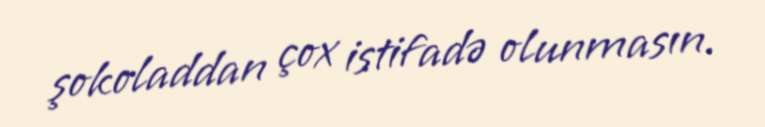
şokoladdan çox istifadə olunmasın.